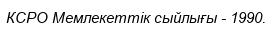
КСРО Мемлекеттік сыйлығы - 1990.